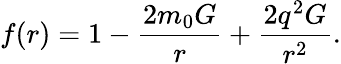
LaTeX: f(r)=1-\frac{2m_{0}G}{r}+\frac{2q^{2}G}{r^{2}}.